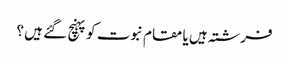
فرشتہ ہیں یا مقام نبوت کو پہنچ گئے ہیں ؟